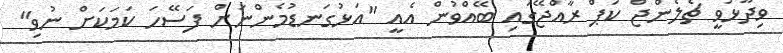
ވިދާޅުވީ ޗެލެންޖް ކަޕް ރާއްޖޭގައި ބޭއްވުން އެއީ "އަޅުގަނޑުމެންނަށް ފަސޭހަ ކަމަކަށް ނުވި"